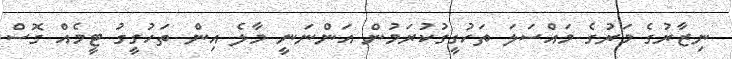
ނިޒާރުގެ މަރުގެ މައްސަލަ ތަހުގީގުކުރަމުން އަންނަނީ މާލެ އިން ތަހުގީގު ޓީމެއް ގޮސް